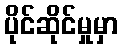
ပိုင်ဆိုင်မှုမှာ